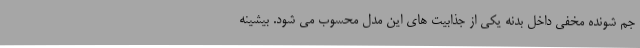
جم شونده مخفی داخل بدنه یکی از جذابیت های این مدل محسوب می شود. بیشینه